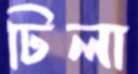
ঢিলা